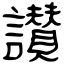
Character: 讃